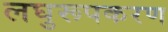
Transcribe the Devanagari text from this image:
लघुरूपकरण